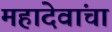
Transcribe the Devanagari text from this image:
महादेवांचा